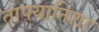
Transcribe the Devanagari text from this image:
ताफ्यानिशा